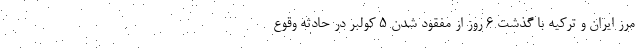
مرز ايران و تركيه با گذشت 6 روز از مفقود شدن 5 كولبر در حادثه وقوع